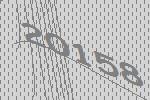
20158